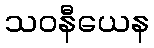
သဝနီယေန